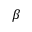
\beta